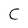
Character: C